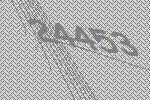
24453